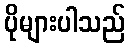
ပိုများပါသည်